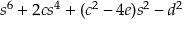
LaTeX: s ^ { 6 } + 2 c s ^ { 4 } + ( c ^ { 2 } - 4 e ) s ^ { 2 } - d ^ { 2 }